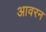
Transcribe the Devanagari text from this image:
आवरन